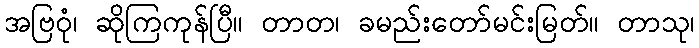
အဗြဝုံ၊ ဆိုကြကုန်ပြီ။ တာတ၊ ခမည်းတော်မင်းမြတ်။ တာသု၊